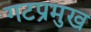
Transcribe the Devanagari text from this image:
गटप्रमुख